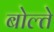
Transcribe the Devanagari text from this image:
बोल्ते